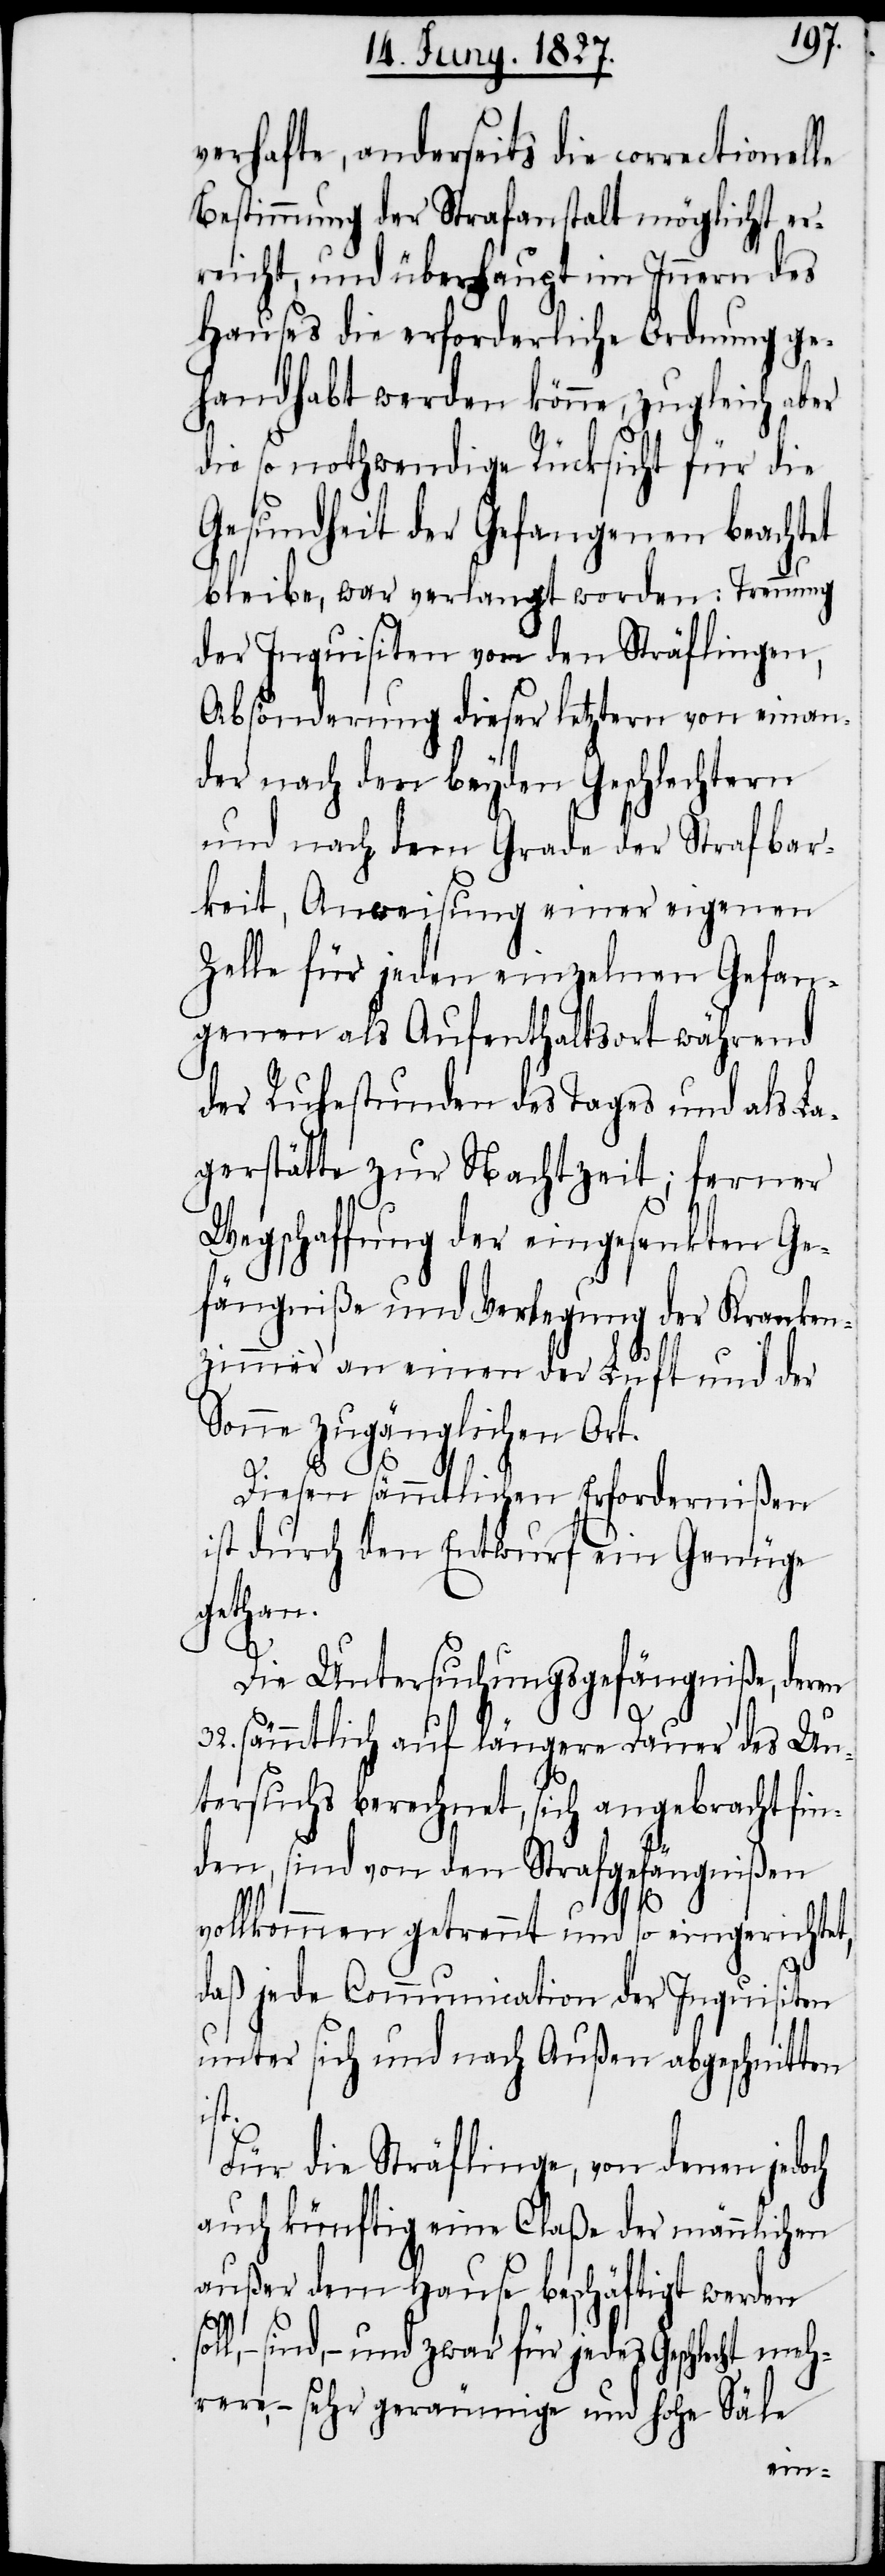
verhafte, anderseits die correctionelle
Bestimmung der Strafanstalt möglichst er¬
reicht, und überhaupt im Innern des
Hauses die erforderliche Ordnung ge¬
handhabt werden könne, zugleich aber
die so nothwendige Rücksicht für die
Gesundheit der Gefangenen beachtet
bleibe, war verlangt worden: Trennung
der Inquisiten von den Sträflingen,
Absönderung dieser letztern von einan¬
der nach den beyden Geschlechtern
und nach dem Grade der Strafbar¬
keit, Anweisung einer eigenen
Zelle für jeden einzelnen Gefan¬
genen als Aufenthaltsort während
der Ruhestunden des Tages und als La¬
gerstätte zur Nachtzeit; ferner
Wegschaffung der eingesenkten Ge¬
fängniße und Verlegung der Kranken¬
zimmer an einen der Luft und der
Sonne zugänglichen Ort.
Diesen sämtlichen Erfordernißen
ist durch den Entwurf ein Genüge
gethan.
Die Untersuchungsgefängniße, deren
32. sämmtlich auf längere Dauer des Un¬
tersuchs berechnet, sich angebracht fin¬
den, sind von den Strafgefängnißen
vollkommen getrennt und so eingerichtet,
daß jede Communication der Inquisiten
unter sich und nach Außen abgeschnitten
ist.
Für die Sträflinge, von denen jedoch
auch künftig eine Claße der männlichen
außer dem Hause beschäftigt werden
sind, – und zwar für jedes Geschlecht meh¬
rere, – sehr geräumige und hohe Säle